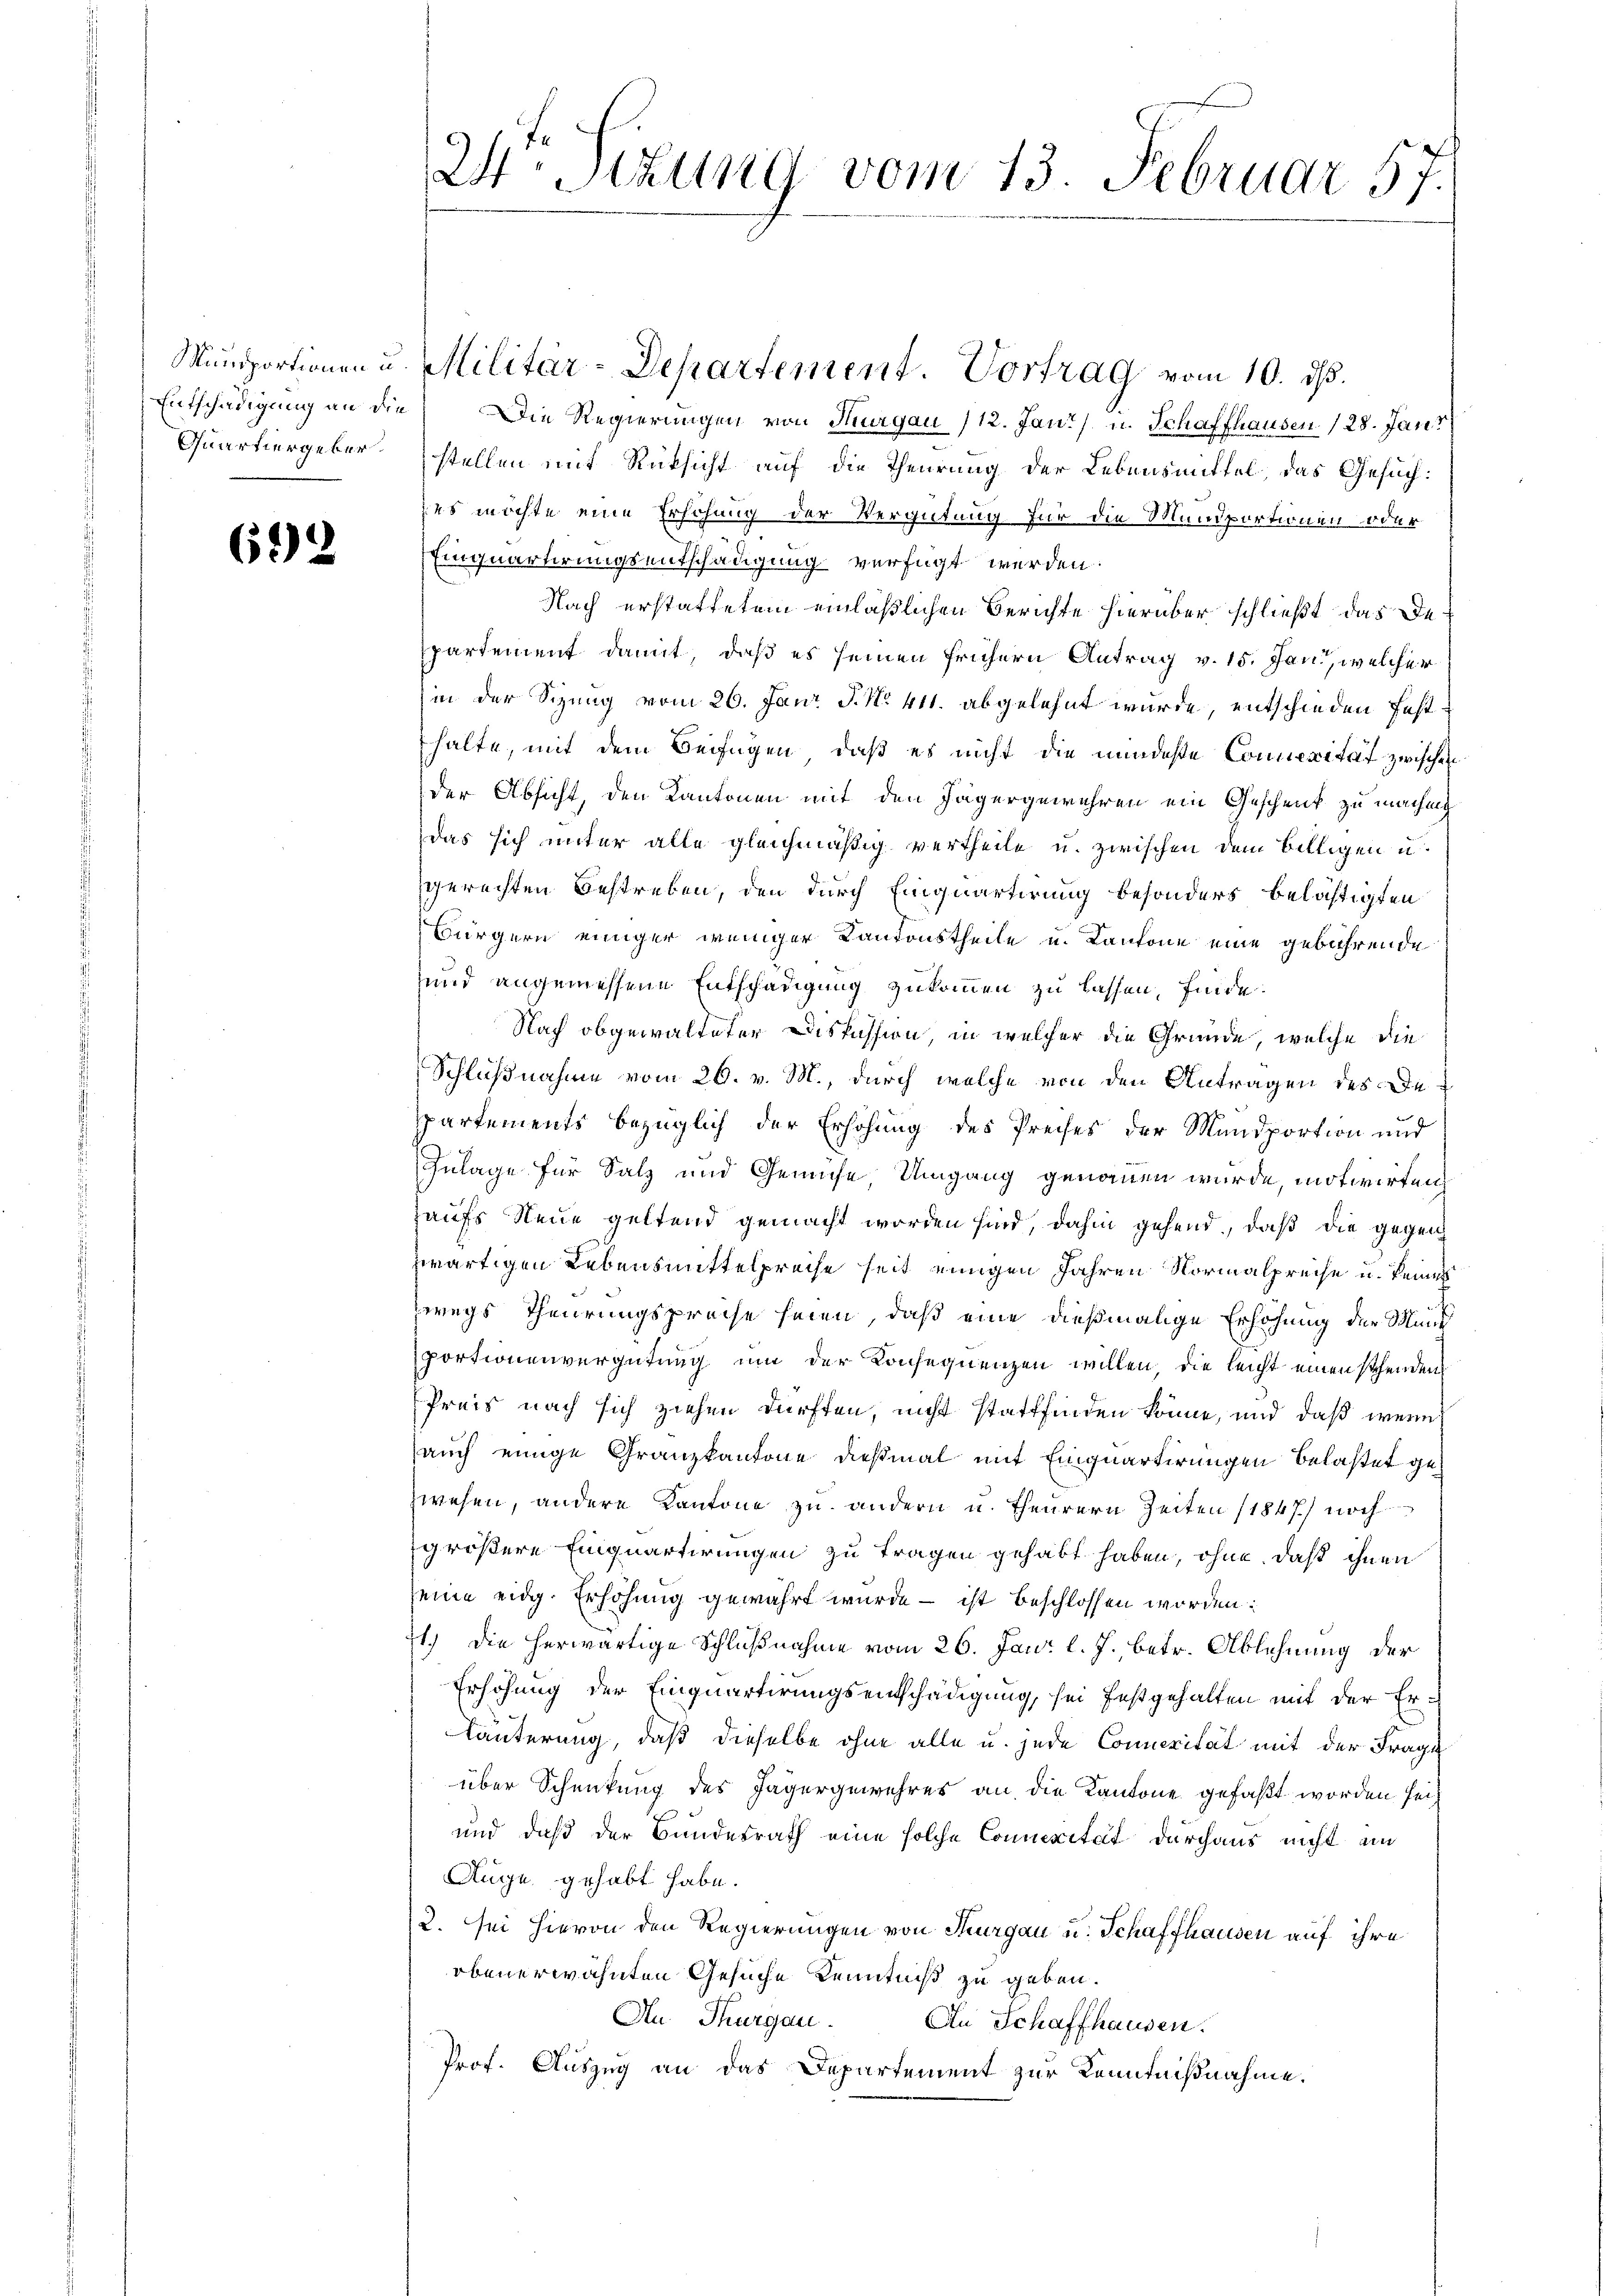
692

Entschädigung an die Die Regierungen von Thurgau (12. Jani) u. Schaffhausen 128. Jan
Quartiergeber stellen mit Rücksicht auf die Theurung der Lebensmittel, das Gesuch:
ses möchte eine Erhöhung der Vergütung für die Mundportionen oder
Einquartirungsentschädigung verfügt werden.
Nach erstattetem einläßlichen Berichte hierüber schließt das Departement damit, daß es seinen frühern Antrag v. 15. Jani, welcher
in der Sizung vom 26. Janr J. No. 411. abgelehnt wurde, entschieden festhalte, mit dem Beifügen, daß es nicht die mindeste Connerität zwischen
der Absicht, den Kantonen mit den Jägergewehren ein Geschenk zu machung
Das sich unter alle gleichmäßig vertheile u. zwischen dem Billigen u.
gerechten Bestreben, den durch Einquartirung besonders belästigten
Bürgern einiger weniger Kantonstheile u. Cantone eine gebührende
und angemessene Entschädigung zukommen zu lassen, finde.
Nach obgewalteter Diskussion, in welcher die Gründe, welche die
Schlußnahme vom 26. v. M., durch welche von den Antragen des Departements bezüglich der Erhöhung des Preises der Mandportion und
Zulage für Salz und Gemühe, Umgang genommen wurde, motivirten
haufs Neue geltend gemacht worden sind, dahin gehend, daß die gegen
zwärtigen Lebensmittelpreise seit einigen Jahren Normalpreise u. keines
zwegs Theurungsproche seien, daß eine dießmalige Erhöhung der Mund
portionenvergütung um der Konsequenzen willen, die leicht einen stehenden
Preis nach sich ziehen dürften, nicht stattfinden könne, und daß wenn
auch einige Granzkantone dießmal mit Einquartirungen belastet gezwesen, andere Kantone zu andern u. theurern Zeiten (1847) noch
größere Einquartirungen zu tragen gehabt haben, ohne, daß ihnen
seine eidg. Erhöhung gewährt wurde – ist beschlossen worden:
1.) Die herwärtige Schlußnahme vom 26. Jan. l. J., betr. Ablehnung der
Erhöhung der Einquartirungsentschädigung, sei festgehalten mit der Er-
Läuterung, daß dieselbe ohne alle u. jede Connerität mit der Frage
über Schenkung des Jägergewehres an die Kantone gefaßt worden sei
und daß der Bundesrath eine solche Comerität durchaus nicht an
Auge gehabt habe.
2. sei hievon den Regierungen von Thurgau u. Schaffhausen auf ihre
obenerwähnten Gesuche Kenntniß zu geben.
An Thurgau.
An Schaffhausen.
Prof. Auszug an das Departement zur Kenntnißnahme.

W. Stung vom 13. Februar 57.

Munsportionen u. Militär-Departement. Vortrag vom 10. ds.